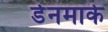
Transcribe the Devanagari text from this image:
डेेनमार्क